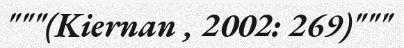
"""(Kiernan , 2002: 269)"""